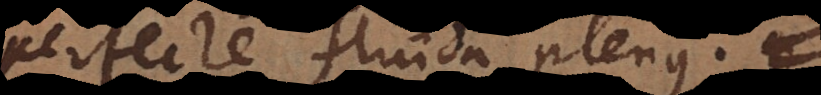
perfecte fluida plenus;